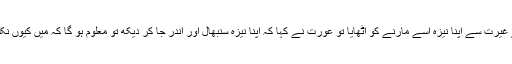
اس نے غیرت سے اپنا نیزہ اسے مارنے کو اٹھایا تو عورت نے کہا کہ اپنا نیزہ سنبھال اور اندر جا کر دیکھ تو معلوم ہو گا کہ میں کیوں نکلی ہوں۔